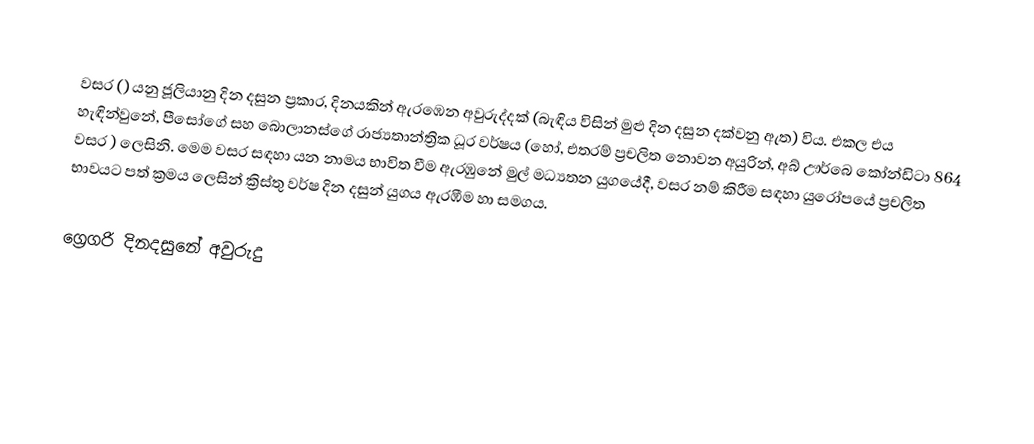

වසර   () යනු  ජූලියානු දින දසුන ප්‍රකාර,    දිනයකින් ඇරඹෙන  අවුරුද්දක්   (බැඳිය විසින් මුළු දින දසුන දක්වනු ඇත)  විය. එකල එය හැඳින්වුනේ, 	පීසෝගේ	 සහ 	බොලානස්ගේ	  රාජ්‍යතාන්ත්‍රික  ධූර වර්ෂය  (හෝ, එතරම් ප්‍රචලිත නොවන අයුරින්,  අබ් ඌර්බෙ කෝන්ඩිටා 	864	  වසර  ) ලෙසිනි. මෙම වසර සඳහා   යන නාමය භාවිත වීම ඇරඹුනේ මුල් මධ්‍යතන යුගයේදී, වසර නම් කිරීම සඳහා යුරෝපයේ ප්‍රචලිත භාවයට පත් ක්‍රමය ලෙසින් ක්‍රිස්තු වර්ෂ දින දසුන් යුගය ඇරඹීම හා සමගය.

ග්‍රෙගරි දිනදසුනේ අවුරුදු